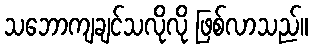
သဘောကျချင်သလိုလို ဖြစ်လာသည်။